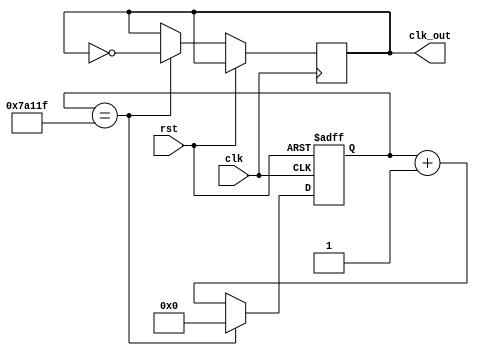
module Clock_Divider #(parameter n=500000) (input clk,rst, output clk_out);
reg [31:0]count;
reg clk_ou=0;

always @(posedge clk, posedge rst) begin
        if (rst == 1'b1)
       count <= 32'b0;
else if (count ==n-1)begin
       count <=32'b0;
   clk_ou<=~clk_ou;
end
else
     count<=count+1;
end
assign clk_out=clk_ou;
endmodule